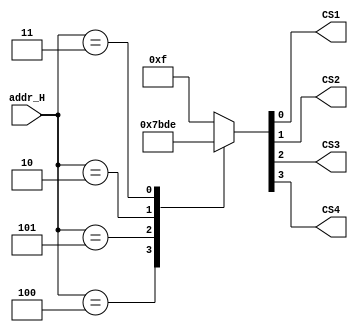
// Use case statement to build decode circuit without prior

`timescale 1ns/1ps
module case_decode (addr_H, CS1, CS2, CS3, CS4);

input  [2:0] addr_H;
output       CS1, CS2, CS3, CS4;
reg    [3:0] CS_bus;

parameter CHIP1 = 3'b100,
          CHIP2 = 3'b101,
          CHIP3 = 3'b010,
          CHIP4 = 3'b011;

     always @ (addr_H)
              case (addr_H)
                   CHIP1:     CS_bus = 4'b0111;  
                   CHIP2:     CS_bus = 4'b1011;
                   CHIP3:     CS_bus = 4'b1101;
                   CHIP4:     CS_bus = 4'b1110;
                   default:   CS_bus = 4'b1111;
              endcase           
              
assign CS4 = CS_bus [3];
assign CS3 = CS_bus [2];
assign CS2 = CS_bus [1];
assign CS1 = CS_bus [0];

endmodule